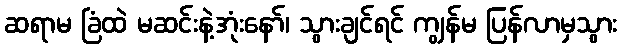
ဆရာမ ခြံထဲ မဆင်းနဲ့အုံးနော်၊ သွားချင်ရင် ကျွန်မ ပြန်လာမှသွား